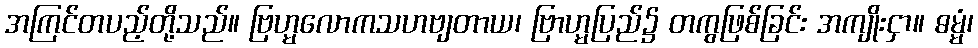
အကြင်တပည့်တို့သည်။ ဗြဟ္မလောကသဟဗျတာယ၊ ဗြာဟ္မပြည်၌ တကွဖြစ်ခြင်း အကျိုးငှာ။ ဓမ္မံ၊